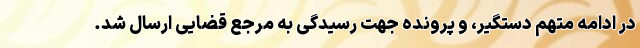
در ادامه متهم دستگیر، و پرونده جهت رسیدگی به مرجع قضایی ارسال شد.